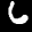
Label: 6